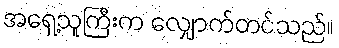
အရှေ့သူကြီးက လျှောက်တင်သည်။